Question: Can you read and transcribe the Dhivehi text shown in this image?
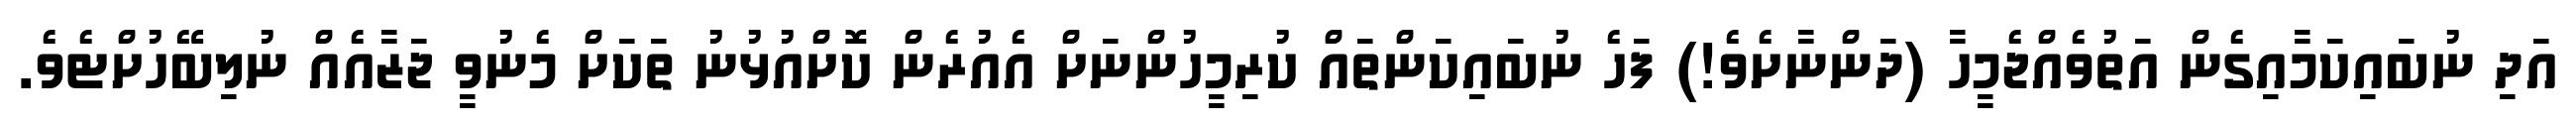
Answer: އަދި ނުބައިކަމާއިގެން އަތުވެއްޖެމީހާ (ދަންނާށެވެ!) ފަހެ ނުބައިކަންތައް ކުރިމީހުންނަށް އެއުރެން ކޮށްއުޅުނު ތަކަށް މެނުވީ ޖަޒާއެއް ނުލިބޭހުށްޓެވެ.